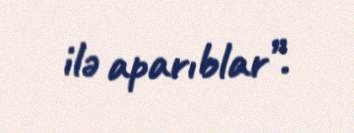
ilə aparıblar”.